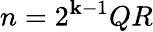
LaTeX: n=2^{\mathbf{k}-1}QR